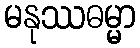
မနုဿဓမ္မာ